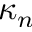
\kappa _ { n }